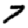
Digit: 7